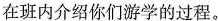
在班内介绍你们游学的过程.